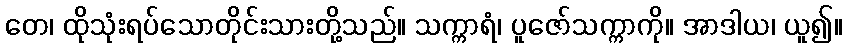
တေ၊ ထိုသုံးရပ်သောတိုင်းသားတို့သည်။ သက္ကာရံ၊ ပူဇော်သက္ကာကို။ အာဒါယ၊ ယူ၍။